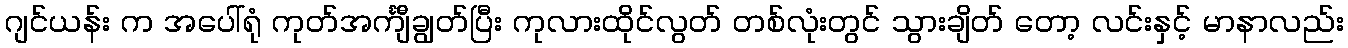
ဂျင်ယန်း က အပေါ်ရုံ ကုတ်အင်္ကျီချွတ်ပြီး ကုလားထိုင်လွတ် တစ်လုံးတွင် သွားချိတ် တော့ လင်းနှင့် မာနာလည်း